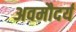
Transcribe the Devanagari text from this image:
अवमौदर्य